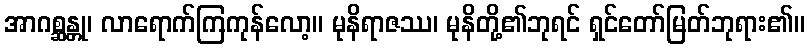
အာဂစ္ဆန္တု၊ လာရောက်ကြကုန်လော့။ မုနိရာဇဿ၊ မုနိတို့၏ဘုရင် ရှင်တော်မြတ်ဘုရား၏။